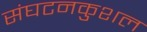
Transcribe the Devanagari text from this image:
संघटनकुशल